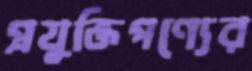
প্রযুক্তিপণ্যের